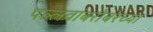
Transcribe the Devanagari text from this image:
पल्लवांबरोबरच्या